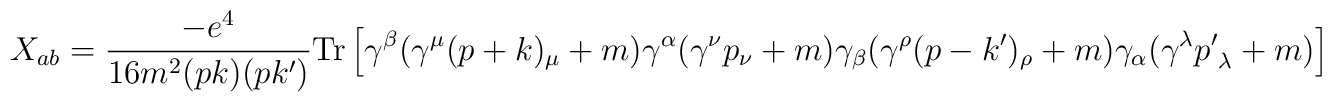
X_{ab} = {- e^4 \over 16  m^2 (pk) (pk') } {\rm Tr} \left[ \gamma^{\beta} (\gamma^{\mu} (p+k)_{\mu}+m) \gamma^{\alpha} ( \gamma^{\nu} p_{\nu}+m)\gamma_{\beta} (\gamma^{\rho}(p-k')_{\rho}+m) \gamma_{\alpha} ( \gamma^{\lambda} {p'}_{\lambda}+m) \right]